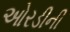
ઓરડીની